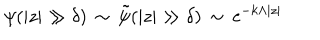
\psi ( | z | \gg \delta ) \, \sim \, { \tilde { \psi } } ( | z | \gg \delta ) \, \sim \, \mathrm { e } ^ { - k \Lambda | z | }